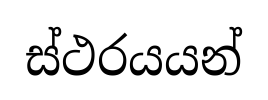
ස්ථරයයන්